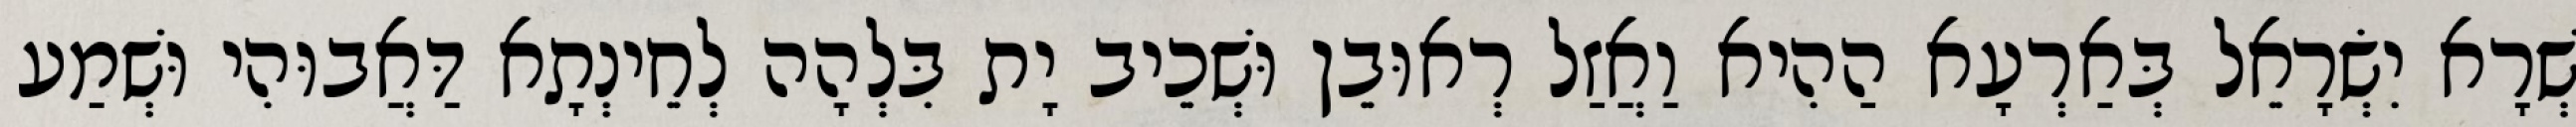
שְׁרָא יִשְׂרָאֵל בְּאַרְעָא הַהִיא וַאֲזַל רְאוּבֵן וּשְׁכֵיב יָת בִּלְהָה לְחֵינְתָא דַּאֲבוּהִי וּשְׁמַע